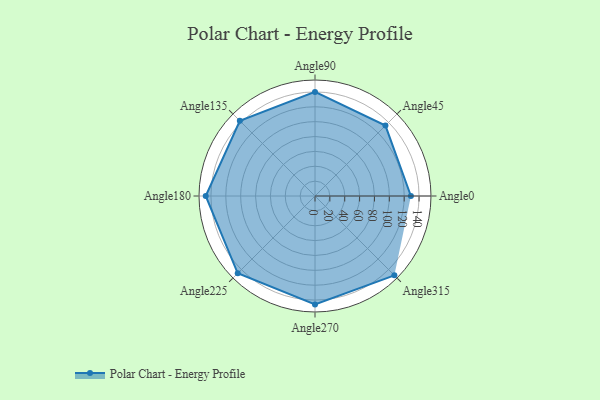
{"axis": {"x": "Angle", "y": "Radius"}, "legend": [""], "data": [{"x": "Angle0", "y": 129.0, "type": ""}, {"x": "Angle45", "y": 134.0, "type": ""}, {"x": "Angle90", "y": 140.0, "type": ""}, {"x": "Angle135", "y": 143.0, "type": ""}, {"x": "Angle180", "y": 147.0, "type": ""}, {"x": "Angle225", "y": 147.0, "type": ""}, {"x": "Angle270", "y": 146.0, "type": ""}, {"x": "Angle315", "y": 151.0, "type": ""}]}